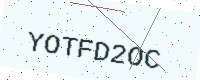
Text: YOTFD2OC